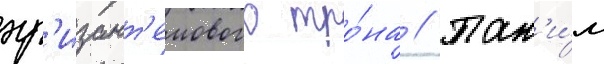
хр'изант'емового тро́на // Так'и́м